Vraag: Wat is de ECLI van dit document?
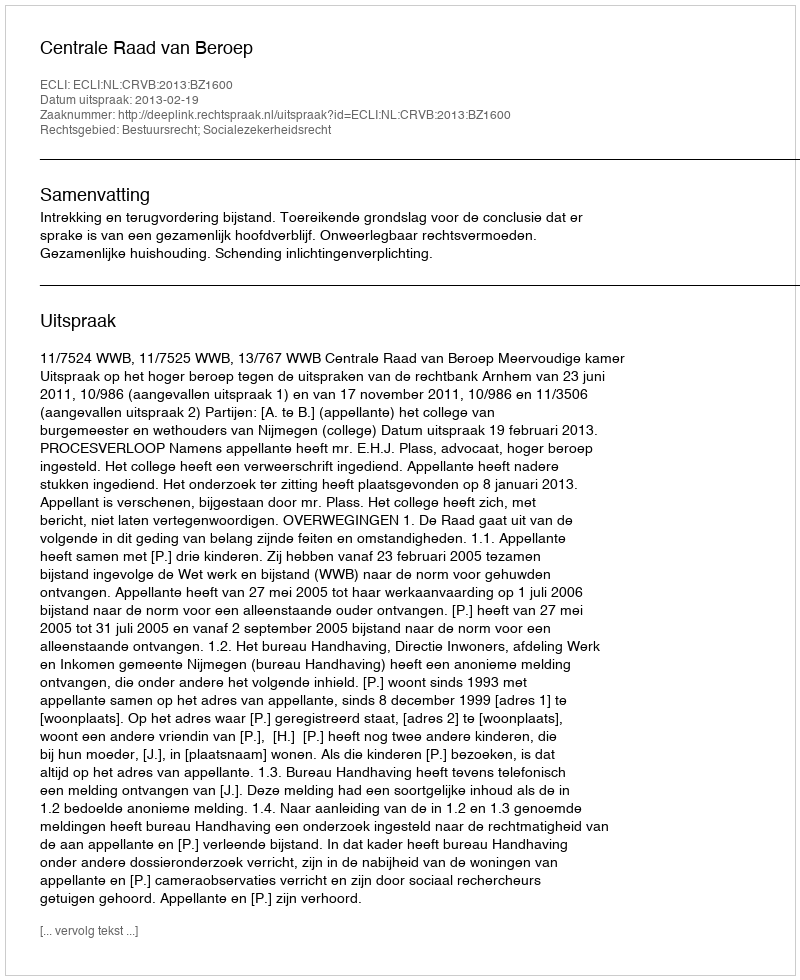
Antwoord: ECLI:NL:CRVB:2013:BZ1600